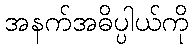
အနက်အဓိပ္ပါယ်ကို